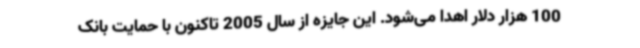
100 هزار دلار اهدا می‌شود. این جایزه از سال 2005 تاکنون با حمایت بانک